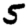
Digit: 5